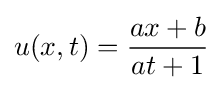
u(x,t)={\frac {ax+b}{at+1}}